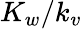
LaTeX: K_{w}/k_{v}